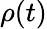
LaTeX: \mathbf{\rho}(t)